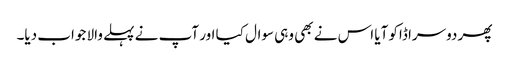
پھر دوسرا ڈاکو آیا اس نے بھی وہی سوال کیا اور آپ نے پہلے والا جواب دیا۔